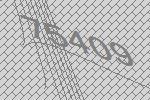
75409